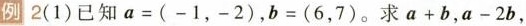
例2(1)已知$$a=(-1，-2)$$，$$b=(6，7)$$。求$$a+b$$，$$a-2b$$，